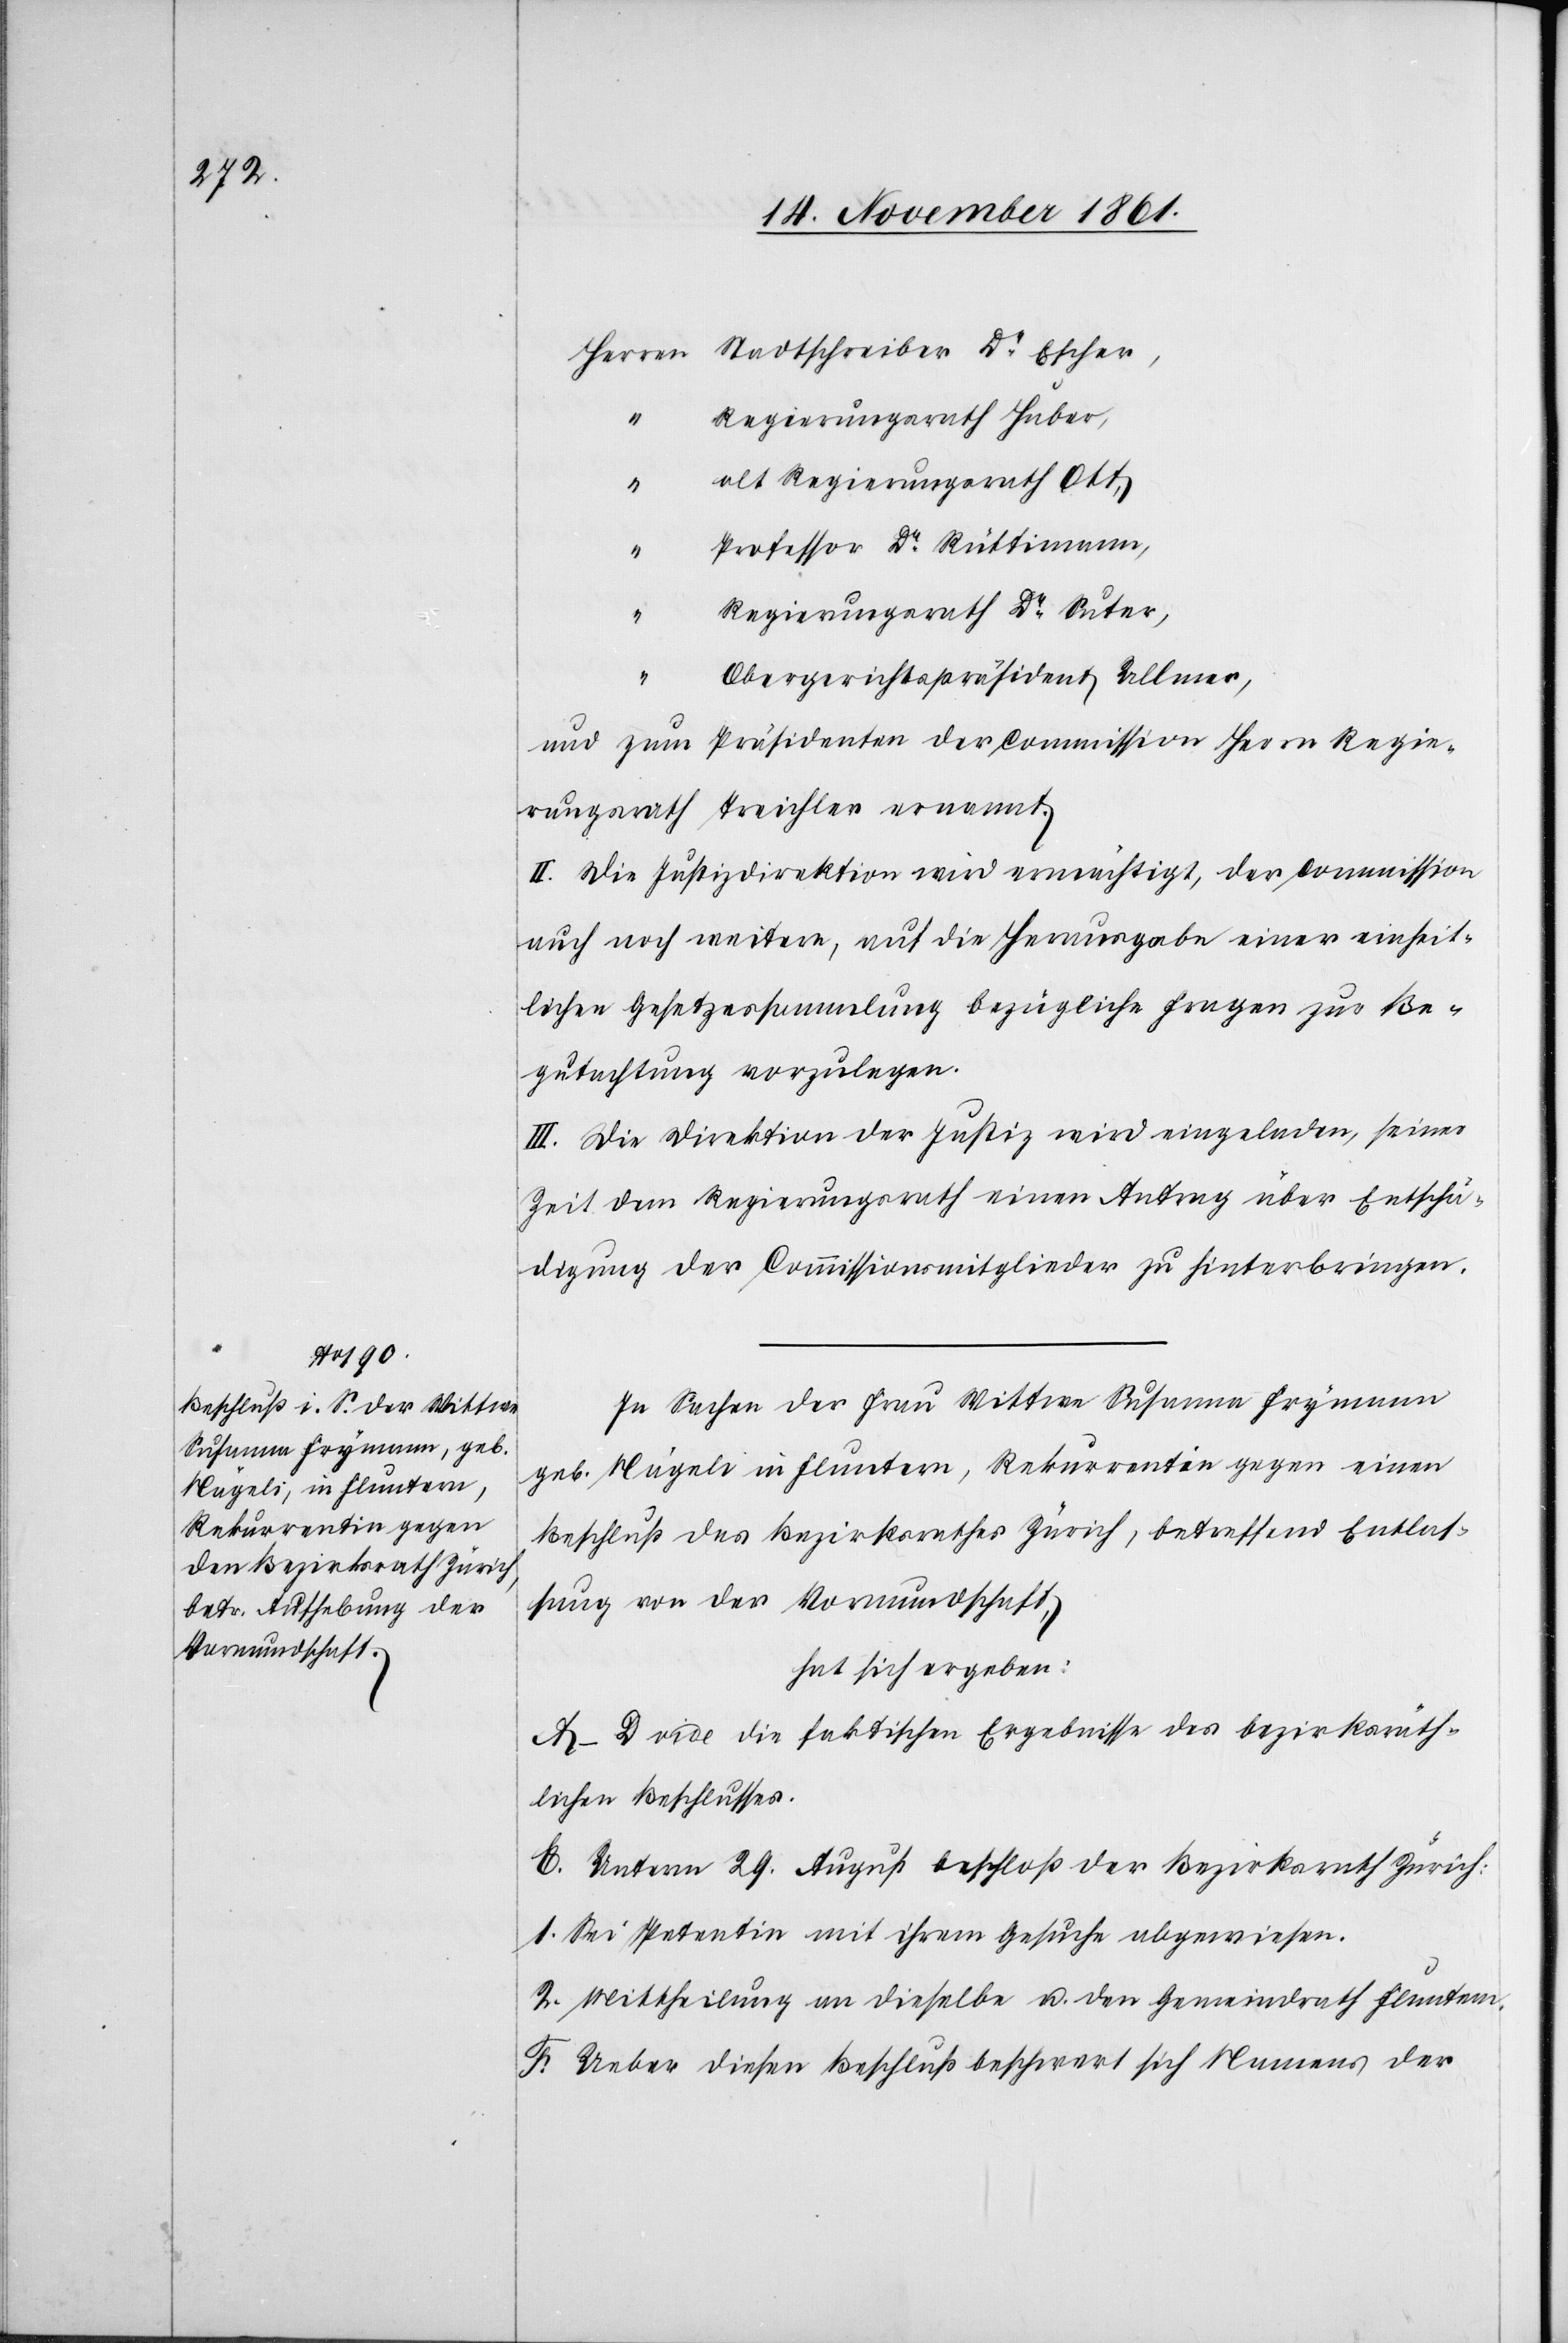
Herrn Stadtschreiber Dr. Escher,
Regierungsrath Huber,
alt Regierungsrath Ott,
Professor Dr Rüttimann,
Regierungsrath Dr Suter,
Obergerichtspräsident Ullmer,
und zum Präsidenten der Commission Herrn Regie¬
rungsrath Treichler ernannt.
II. Die Polizeidirektion wird ermächtigt, der Commission
auch noch weitere, auf die Herausgabe einer einheit¬
lichen Gesetzessammlung bezügliche Fragen zur Be¬
gutachtung vorzulegen.
III. Die Direktion der Justiz wird eingeladen, seiner
Zeit dem Regierungsrath einen Antrag über Entschä¬
digung der Commissionsmitglieder zu hinterbringen.
In Sachen der Frau Wittwe Susanna Frymann
geb. Nägeli in Fluntern, Rekurrentin gegen einen
Beschluß des Bezirksrathes Zürich, betreffend Entlas¬
sung von der Vormundschaft,
hat sich ergeben:
A–D. vide die faktischen Ergebnisse des bezirksräth¬
lichen Beschlusses:
E. Unterm 29 August beschloß der Bezirksrath Zürich:
1. Sei Petentin mit ihrem Gesuche abgewiesen.
2. Mittheilung an dieselbe u. den Gemeindrath Fluntern.
F. Ueber diesen Beschluß beschwert sich Namens der